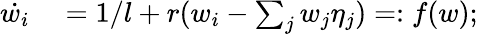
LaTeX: \begin{array}{rl}{\dot{w_{i}}}&{{}=1/l+r(w_{i}-\sum_{j}w_{j}\eta_{j})=:f(w);}\end{array}